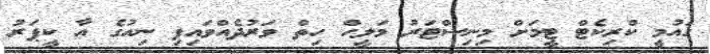
ގައުމީ ކްރިކެޓް ޓީމަށް މިނިސްޓަރު މަލީހް ހިތް ވަރުދެއްވައިފި ނިއުގެ އާ ކީޕަރު